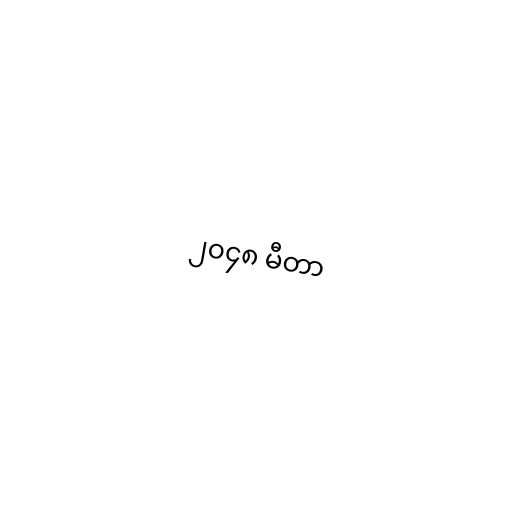
၂၀၄၈ မီတာ